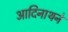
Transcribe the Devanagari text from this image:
आदिनाथने